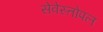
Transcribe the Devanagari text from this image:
सेवेस्तोपल